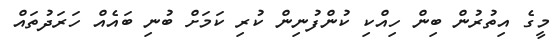
މީގެ އިތުރުން ބިން ހިއްކި ކުންފުނިން ކުރި ކަމަށް ބުނި ބައެއް ހަރަދުތައް